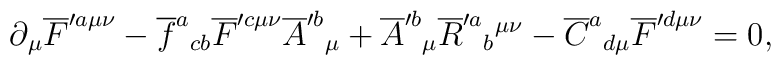
\partial {}_{\mu }\overline{F}^{\prime a\mu \nu }-\overline{f}^{a}{}_{cb}\overline{F}^{\prime c\mu \nu }\overline{A}^{\prime b}{}_{\mu }{} +\overline{A}^{\prime b}{}_{\mu }\overline{R}^{\prime a}{}_{b}{}^{\mu \nu}-\overline{C}^{a}{}_{d\mu } \overline{F}^{\prime d\mu \nu }=0,